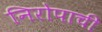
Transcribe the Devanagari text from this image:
निरोपाची